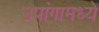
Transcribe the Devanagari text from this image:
उपांगामध्ये